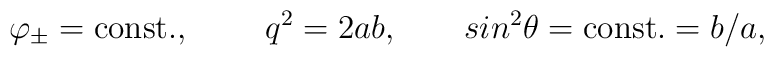
\varphi_\pm=\mbox{const.},\;\;\;\;\;\;\;\;q^2=2ab,\;\;\;\;\;\;\;\;\\sin^2\theta={\mbox{const.}}=b/a,